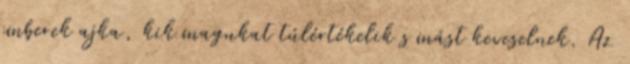
emberek ajka, kik magukat túlértékelik s mást keveselnek. Az